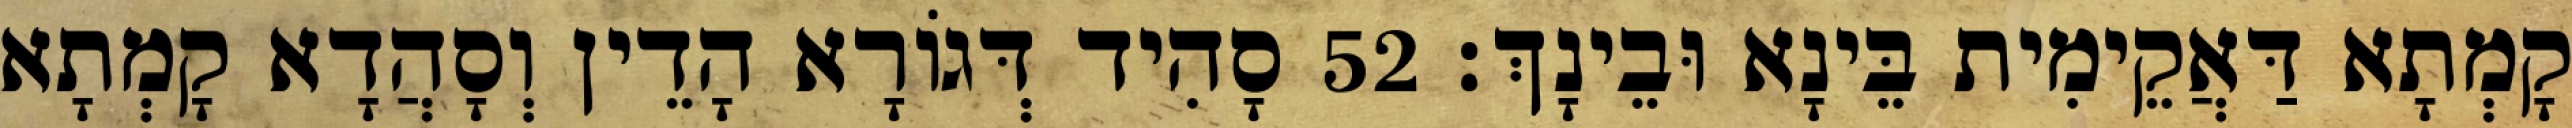
קָמְתָא דַּאֲקֵימִית בֵּינָא וּבֵינָךְ׃ 52 סָהִיד דְּגוֹרָא הָדֵין וְסָהֲדָא קָמְתָא